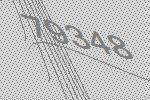
79348